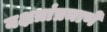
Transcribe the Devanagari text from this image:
नक्षत्रांप्रमाणे